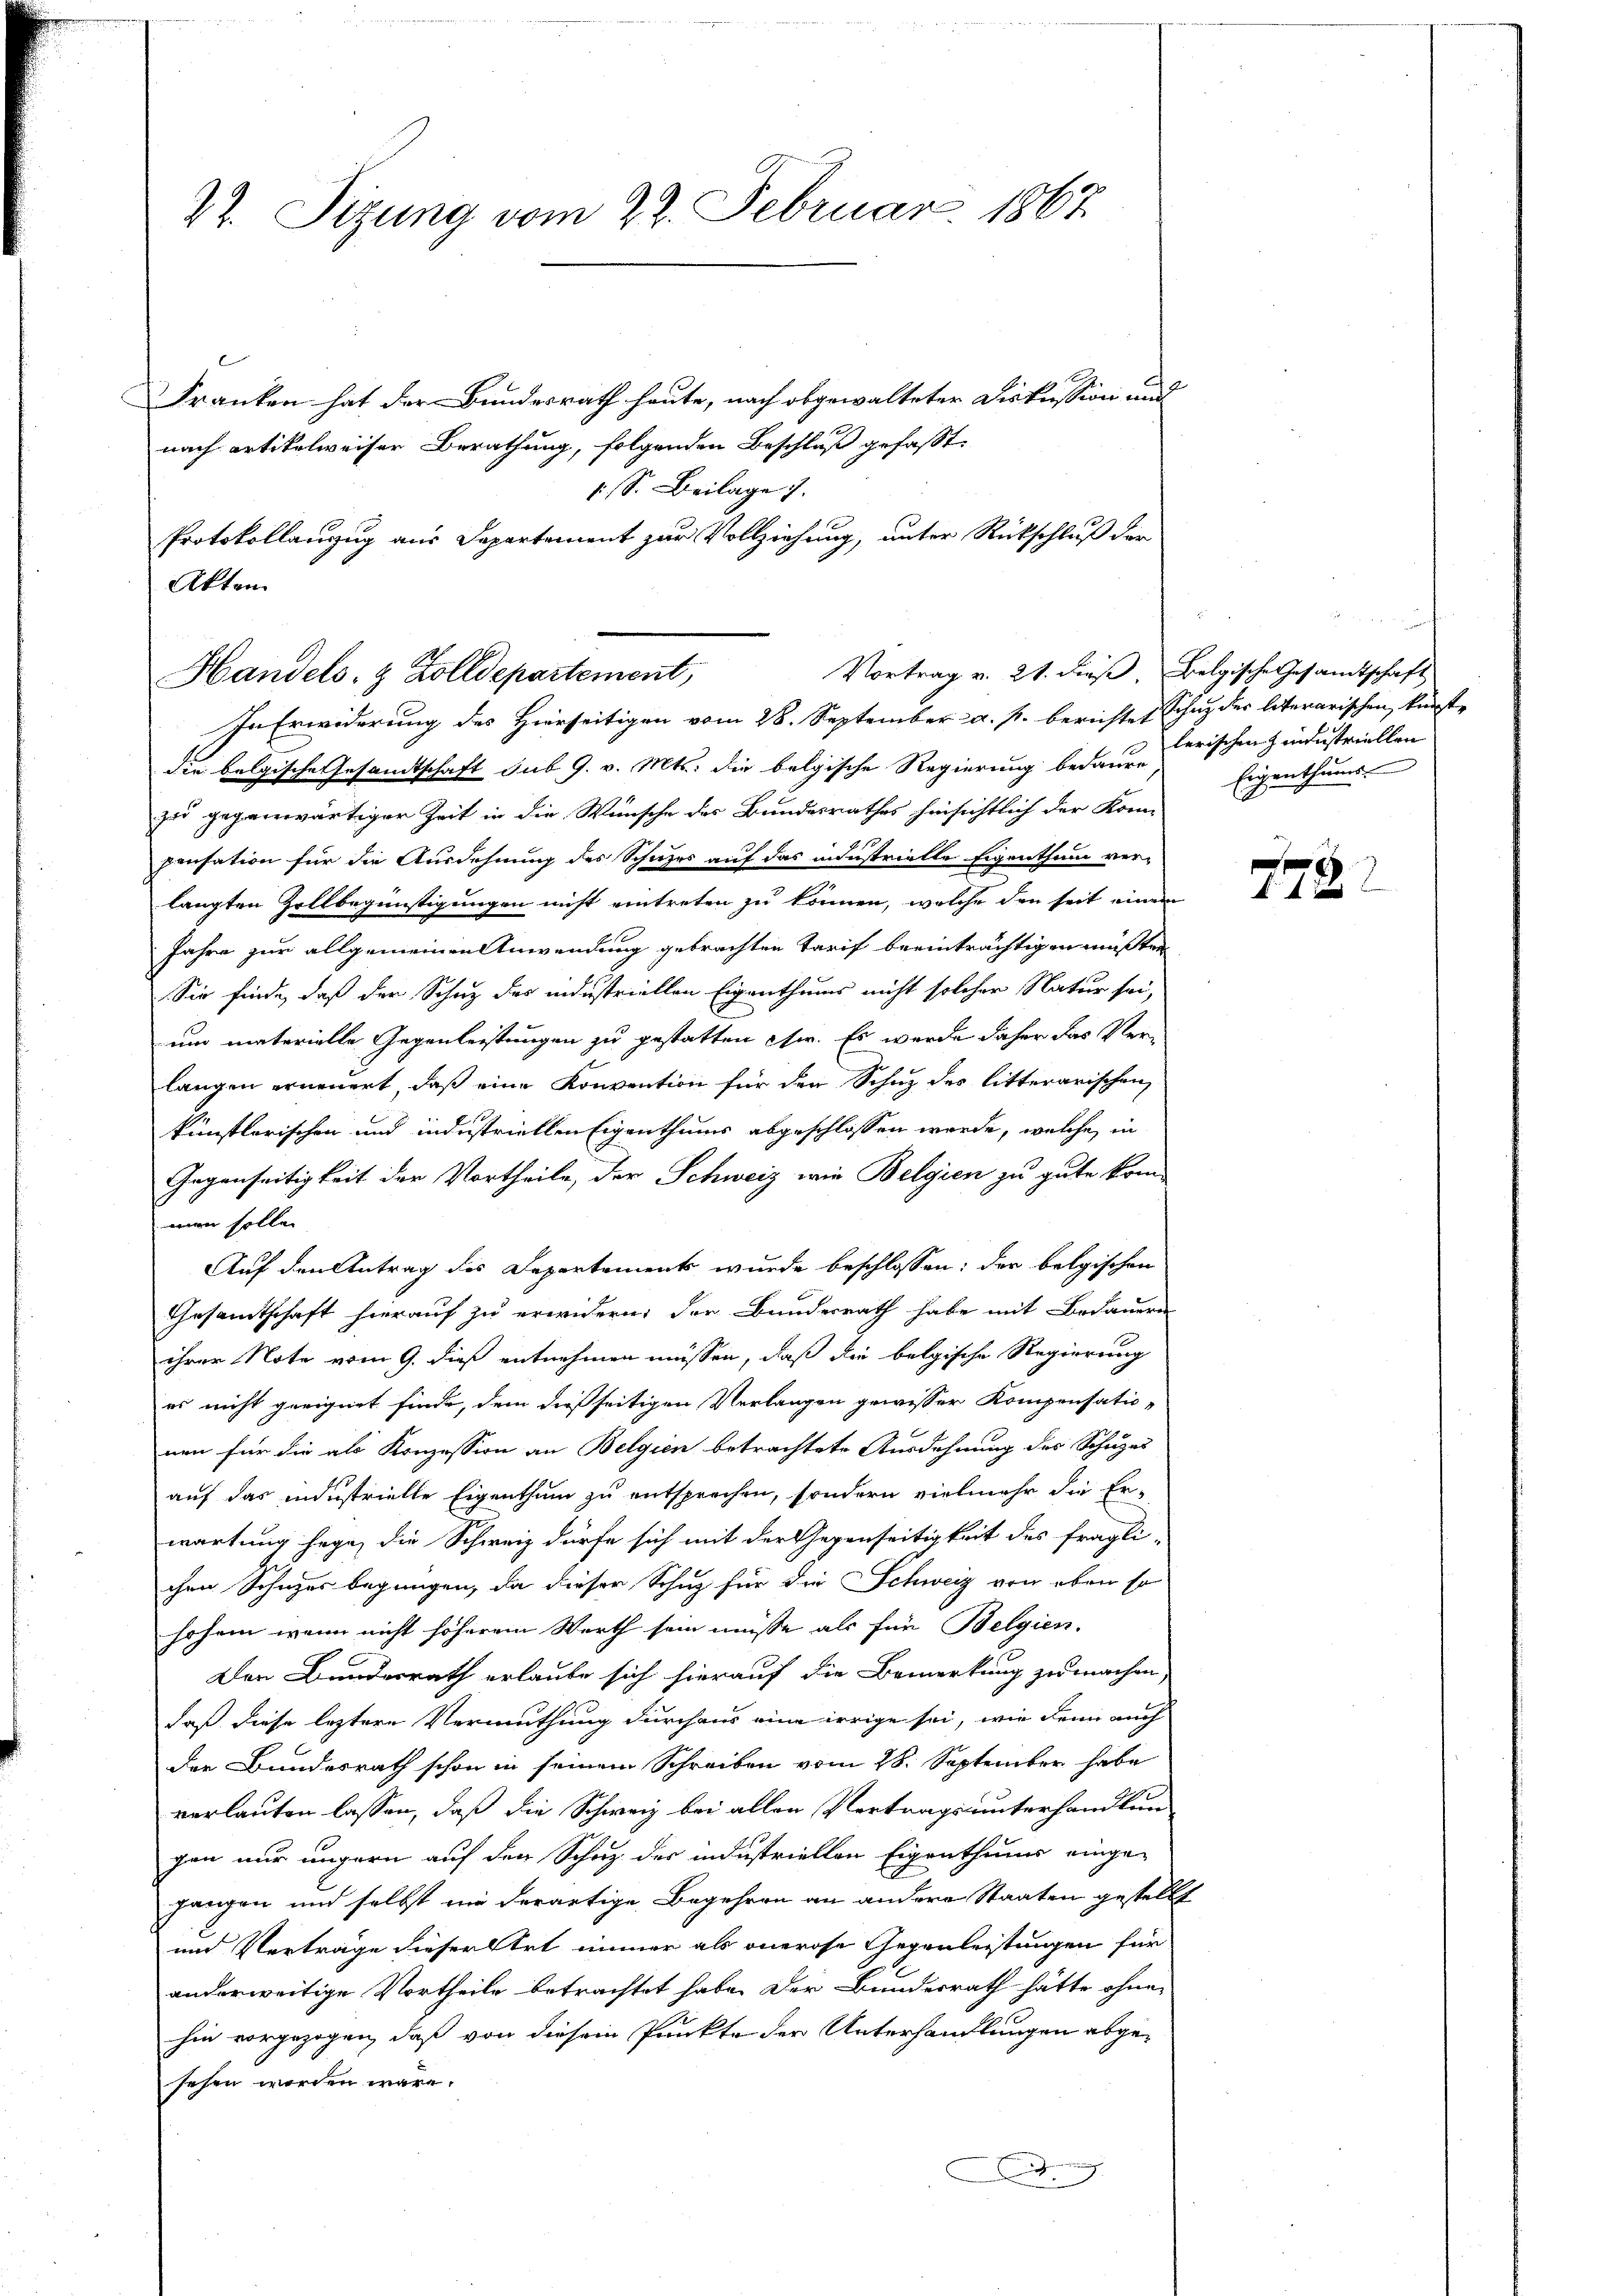
22. Sitzung vom 22. Februar 1867.

Franken hat der Bundesrath heute, nach abgewalteter Diskussion und
nach artikelweiser Berathung, folgenden Beschluß gefasst.
1 S. Beilage 7.
Protokollanzug aus Departement zur Vollziehung, unter Rückschluß der
In Erwiderung des Hierseitigen vom 28. September a. p. berichtet Schuz der literarischen, künfte
die belgische Gesandtschaft sub 9. v. Mts. die belgische Regierung bedaure
zu gegenwärtiger Zeit in die Wünsche des Bundesrathes hinsichtlich der Kon
pensation für die Ausdehnung des Schuzes auf das industrielle Eigenthum ver-
langten Zollbegünstigungen nicht eintreten zu können, welche den seit einen
Jahre zur allgemeinen Anwendung gebrachten Tarif beeinträchtigen müssten
Sie finde, daß der Schutz des industriellen Eigenthums nicht solcher Natur sei,
um materielle Gegenleistungen zu gestatten sie. Es wurde daher das Ver-
langen erneuert, daß eine Konvention für den Schuz des litterarischen
künstlerischen und industriellen Eigenthums abgeschlossen werde, welche in
Gegenseitigkeit der Vortheile, der Schweiz wie Belgien zu gute kom-
men sollen
Auf den Antrag des Departements wurde beschlossen: der belgischen
Gesamtschaft hierauf zu erwidern, der Bundesrath habe mit Bedauern
ihrer Note vom 9. dieß entnehmen müssen, daß die belgische Regierung
es nicht geeignet finde, dem dießseitigen Verlangen gewisser Kompensatio-
nen für die als Konzession an Belgien betrachtete Ausdehnung des Schuzes
auf das industrielle Eigenthum zu entsprechen, sondern vielmehr die Er-
wartung hege, die Schweiz dürfe sich mit der Gegenseitigkeit des fragli-
chen Schnzes begnügen, da dieser Schuz für die Schweiz von eben so
hohen wenn nicht höherem Werth sein müsse als für Belgien.
Den Bundesrath erlaube sich hierauf die Bemerkung zu machen,
daß diese leztere Vermuthung durchaus eine irrige sei, wie denn auch
der Bundesrath schon in seinem Schreiben vom 28. September habe
verlauten lassen, daß die Schweiz bei allen Vertrags unterhandlun
gen nur ungern auf den Schuz des industriellen Eigenthums einge-
gangen und selbst nie derartige Begehren an andere Staaten gestellt
und Verträge dieser Art immer als onerose Gegenleistungen für
anderweitige Vortheile betrachtet habe. Der Bundesrath hätte ohne
hin vorgezogen, daß von diesem Punkte der Unterhandlungen abge-
sehen worden wäre.
.
A

Akten
Vortrag v. 21. dieß Belgische Gesandtschaft
Handels- & Zolldepartement,

lerischen Industriellen
Eigenthums

f